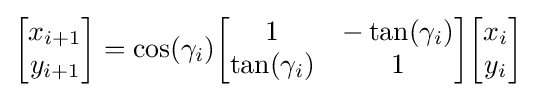
{\begin{bmatrix}x_{i+1}\\y_{i+1}\end{bmatrix}}=\cos(\gamma _{i}){\begin{bmatrix}1&-\tan(\gamma _{i})\\\tan(\gamma _{i})&1\end{bmatrix}}{\begin{bmatrix}x_{i}\\y_{i}\end{bmatrix}}